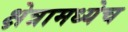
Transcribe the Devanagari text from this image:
क्षेत्रामध्येच